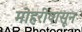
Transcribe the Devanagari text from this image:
मोहरीपासून